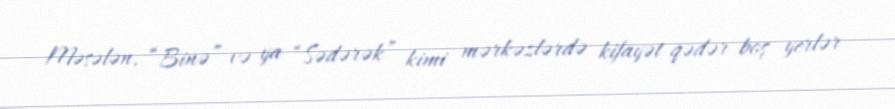
Məsələn, “Binə” və ya “Sədərək” kimi mərkəzlərdə kifayət qədər boş yerlər